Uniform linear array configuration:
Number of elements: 48
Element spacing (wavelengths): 0.75
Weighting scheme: uniform
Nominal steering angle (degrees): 45
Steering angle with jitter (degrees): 46.9
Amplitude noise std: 0.05
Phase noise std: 0.05

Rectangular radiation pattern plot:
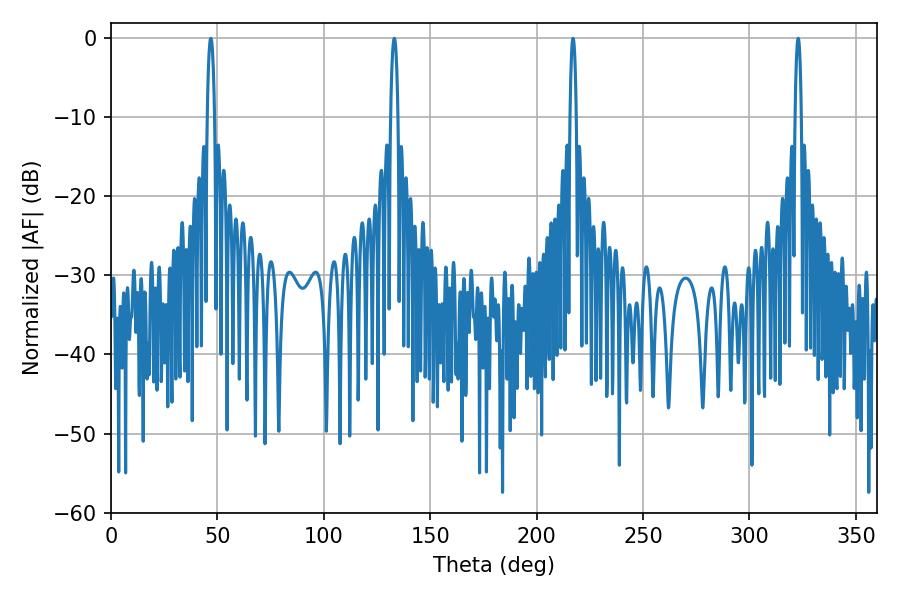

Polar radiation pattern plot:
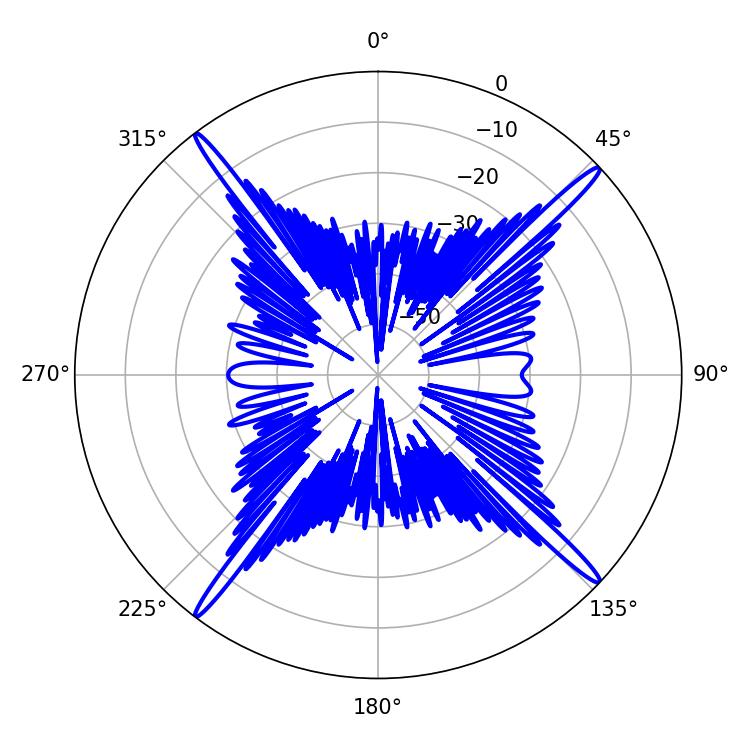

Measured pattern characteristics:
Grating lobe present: TRUE
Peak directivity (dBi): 20.604
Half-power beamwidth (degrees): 1.62
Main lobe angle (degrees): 217.08